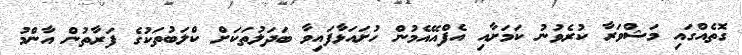
ގޮތެއްގައި މަޝްވަރާ ކުރެވުނު ކަމަށާއި އެފްއޭއެމުން ހުށައަޅާފައިވާ ބަދަލުތަކަށް ކްލަބުތަކުގެ ފަރާތުން އާންމު